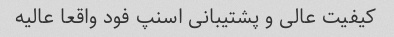
کیفیت عالی و پشتیبانی اسنپ فود واقعا عالیه